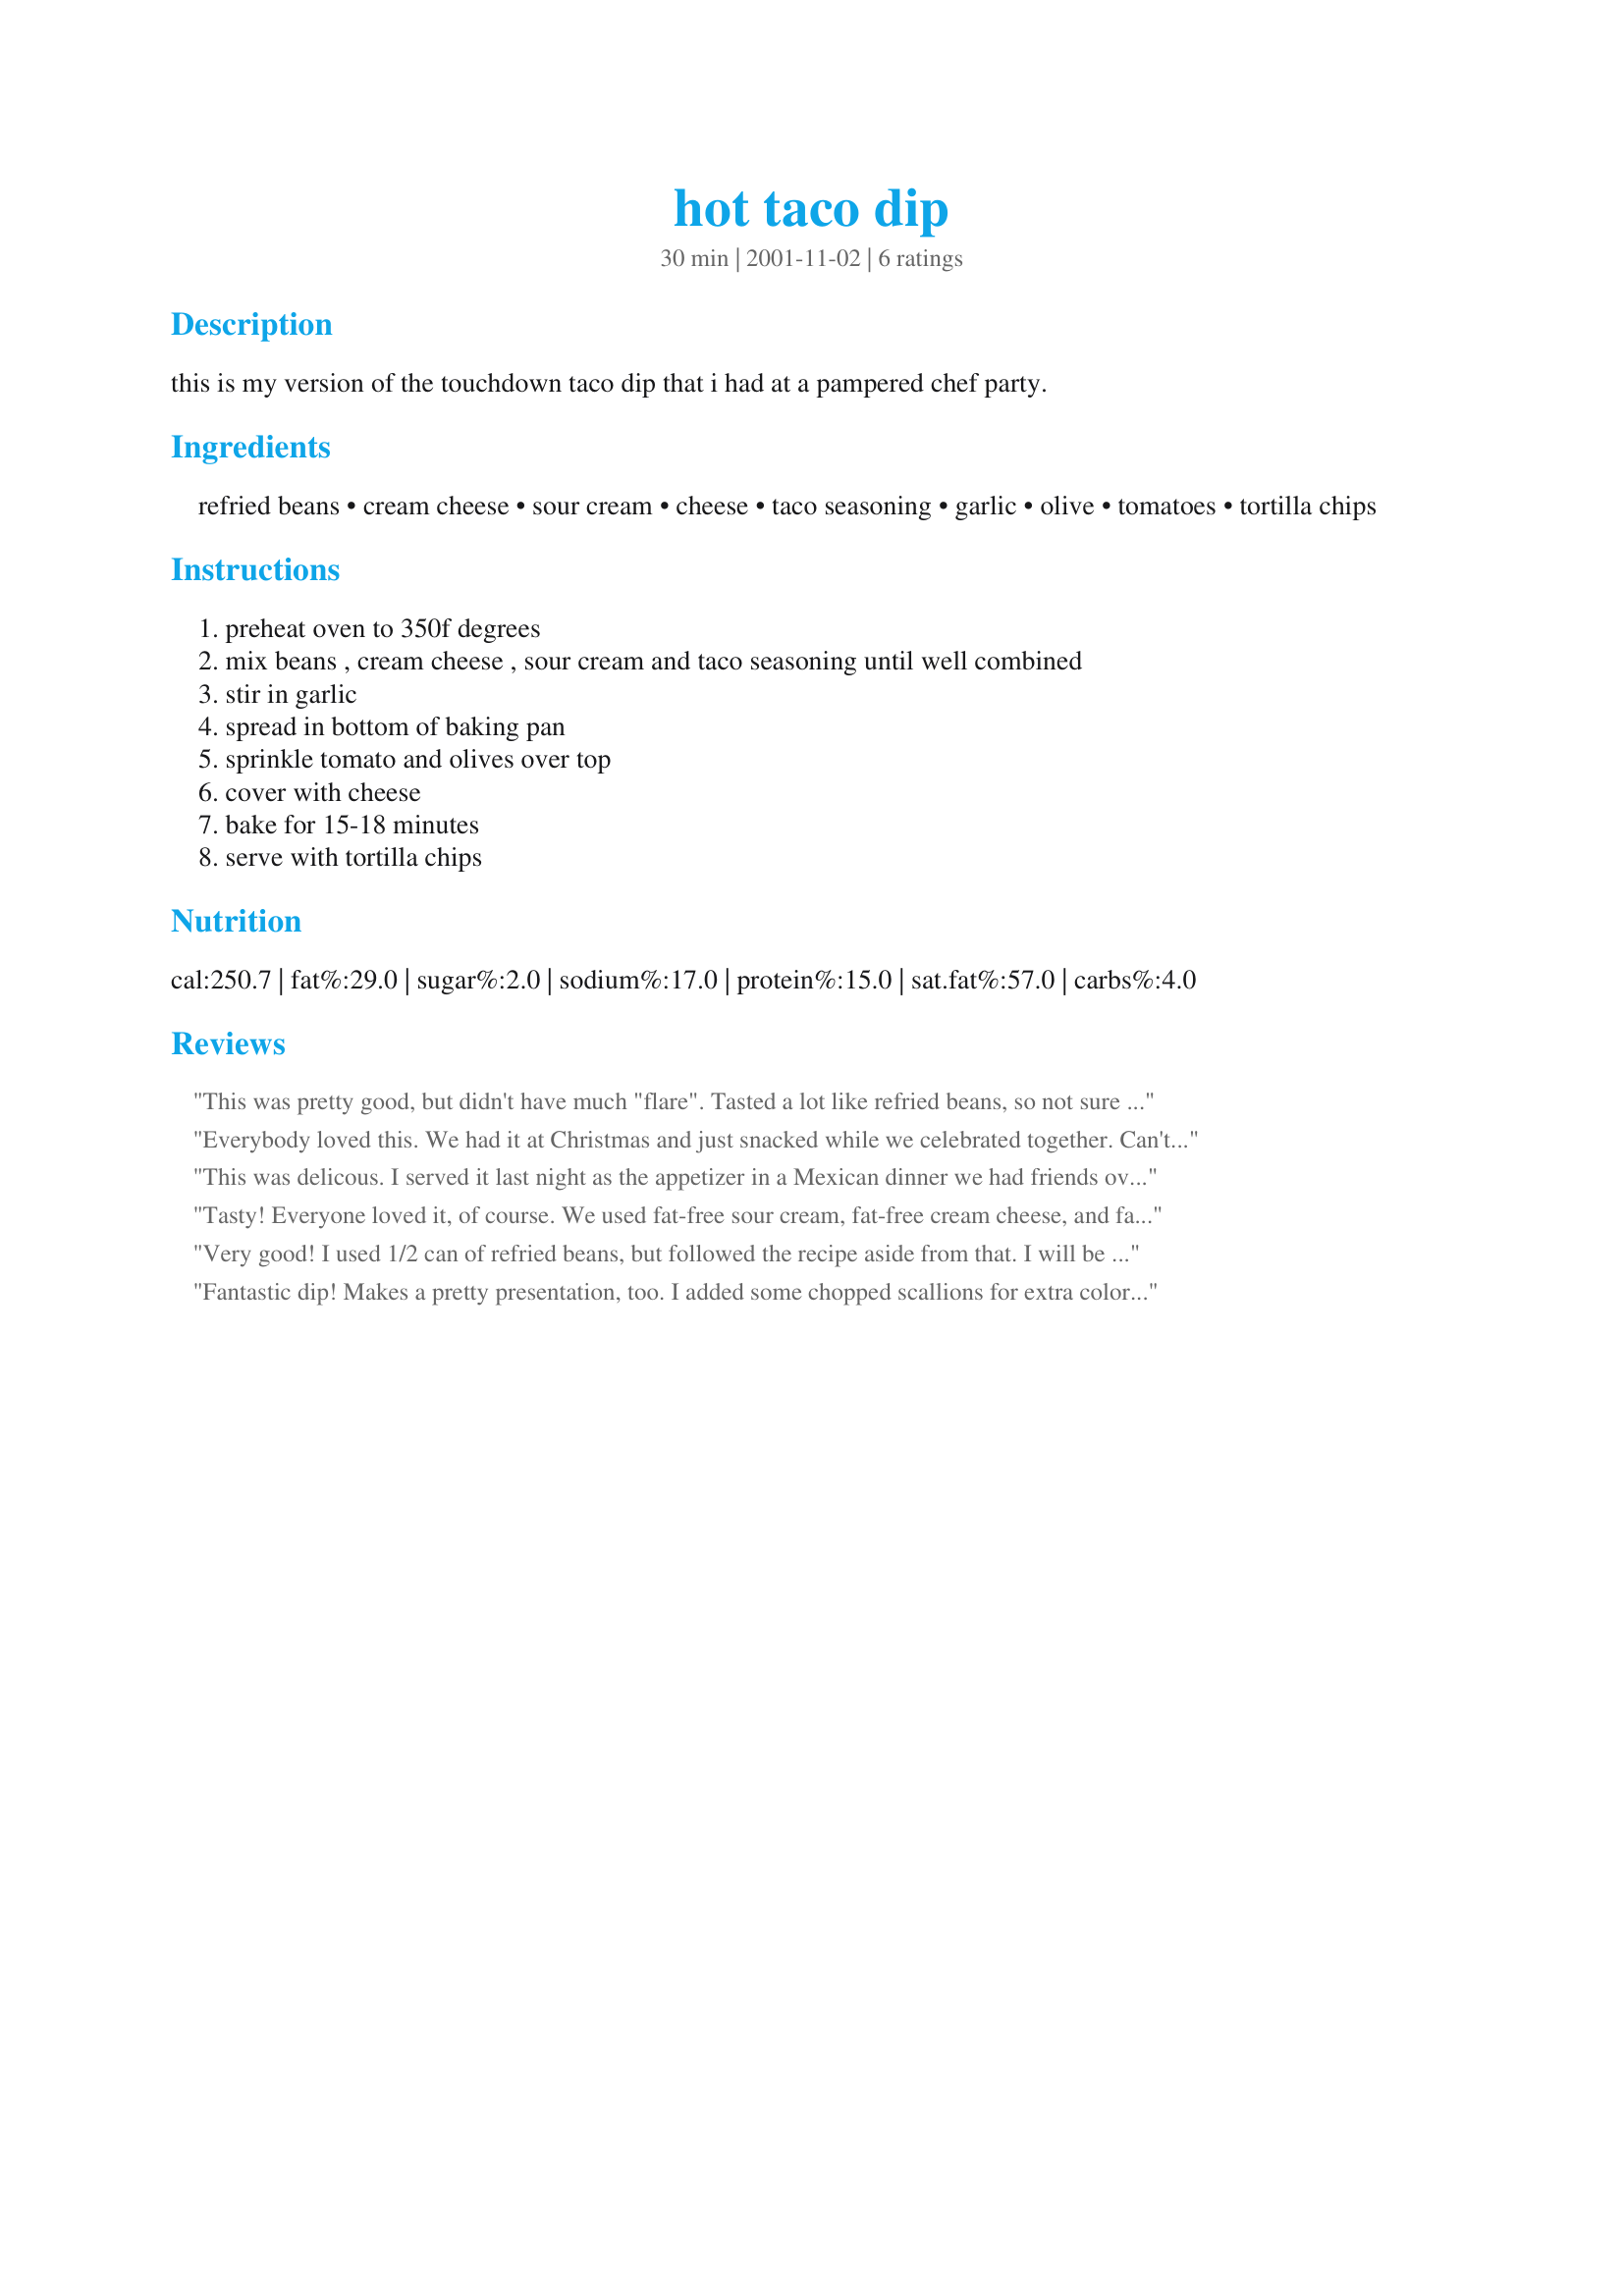
hot taco dip
Preparation time: 30 minutes

this is my version of the touchdown taco dip that i had at a pampered chef party.

Ingredients:
refried beans, cream cheese, sour cream, cheese, taco seasoning, garlic, olive, tomatoes, tortilla chips

Steps:
preheat oven to 350f degrees, mix beans , cream cheese , sour cream and taco seasoning until well combined, stir in garlic, spread in bottom of baking pan, sprinkle tomato and olives over top, cover with cheese, bake for 15-18 minutes, serve with tortilla chips

Reviews:
This was pretty good, but didn't have much "flare". Tasted a lot like refried beans, so not sure it needed both the sour cream and cream cheese, those just seemed to add calories and not much flavor. It was eaten, so it definitely wasn't bad, but just not something we'd make over and over probably.
Everybody loved this. We had it at Christmas and just snacked while we celebrated together. Can't wait to make it for a Super Bowl party!
This was delicous. I served it last night as the appetizer in a Mexican dinner we had friends over to enjoy with us. I had to use homemade taco seasoning as I didn't have any regular stuff and I did not mix the sour cream in with the beans and cream cheese, instead I spread it over top of the bean mixture. I then topped it with the shredded cheddar, sliced black olives, chopped tomato and chopped green onion. Everyone really enjoyed it! Thanks so much!
Tasty! Everyone loved it, of course. We used fat-free sour cream, fat-free cream cheese, and fat-free (or low-fat, can't remember) refried beans, and it was STILL good. :) Surprised me, actually. I figured it would be terrible with low-fat/fat-free ingredients, but it really wasn't. Thanks for a great dip recipe!
Very good! I used 1/2 can of refried beans, but followed the recipe aside from that. I will be making this again. Thanks for sharing = )
Fantastic dip! Makes a pretty presentation, too. I added some chopped scallions for extra color. This is great hot or at room temperature. I'll make this again; thanx!
